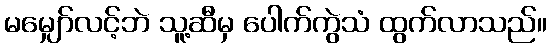
မမျှော်လင့်ဘဲ သူ့ဆီမှ ပေါက်ကွဲသံ ထွက်လာသည်။